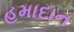
હમાદાન